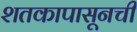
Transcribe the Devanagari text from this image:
शतकापासूनची